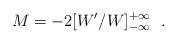
LaTeX: \begin{align*}M=-2[W'/W]^{+\infty}_{-\infty}~~.\end{align*}